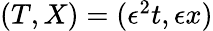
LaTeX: \begin{array}{r}{(T,X)=(\epsilon^{2}t,\epsilon x)}\end{array}